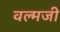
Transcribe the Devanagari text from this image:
वल्मजी